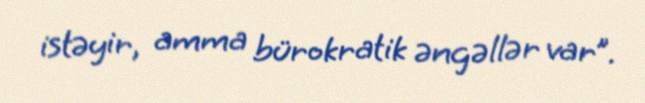
istəyir, amma bürokratik əngəllər var”.